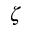
\zeta